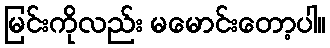
မြင်းကိုလည်း မမောင်းတော့ပါ။